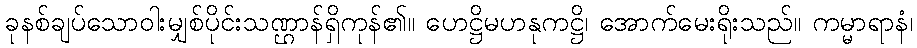
ခုနစ်ချပ်သောဝါးမျှစ်ပိုင်းသဏ္ဌာန်ရှိကုန်၏။ ဟေဋ္ဌိမဟနုကဋ္ဌိ၊ အောက်မေးရိုးသည်။ ကမ္မာရာနံ၊